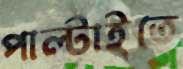
পাল্টাইতে